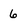
Character: 6